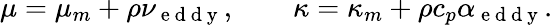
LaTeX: \mu=\mu_{m}+\rho\nu_{\mathrm{~e~d~d~y~}},\qquad\kappa=\kappa_{m}+\rho c_{p}\alpha_{\mathrm{~e~d~d~y~}}.